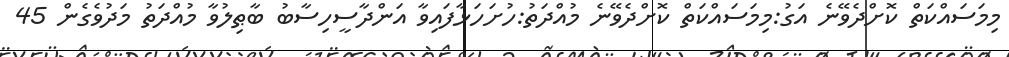
މިމަސައްކަތް ކޮށްދެވޭނެ އަގު:މިމަސައްކަތް ކޮށްދެވޭނެ މުއްދަތު:ހުށަހަޅާފައިވާ އަންދާސީހިސާބު ބާޠިލުވާ މުއްދަތު މަދުވެގެން 45